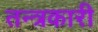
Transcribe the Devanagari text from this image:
तन्त्रकारी